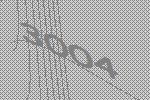
3004